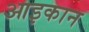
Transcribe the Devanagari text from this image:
आइकान